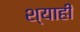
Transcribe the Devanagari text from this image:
श्याही